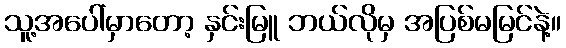
သူ့အပေါ်မှာတော့ နှင်းမြူ ဘယ်လိုမှ အပြစ်မမြင်နဲ့။